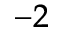
^ { - 2 }